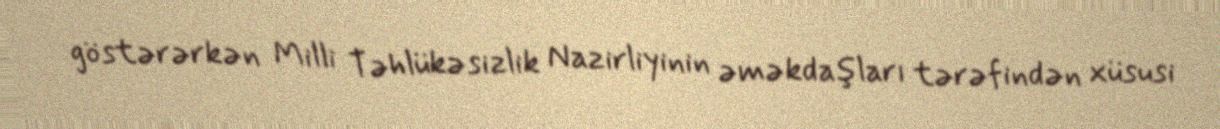
göstərərkən Milli Təhlükəsizlik Nazirliyinin əməkdaşları tərəfindən xüsusi